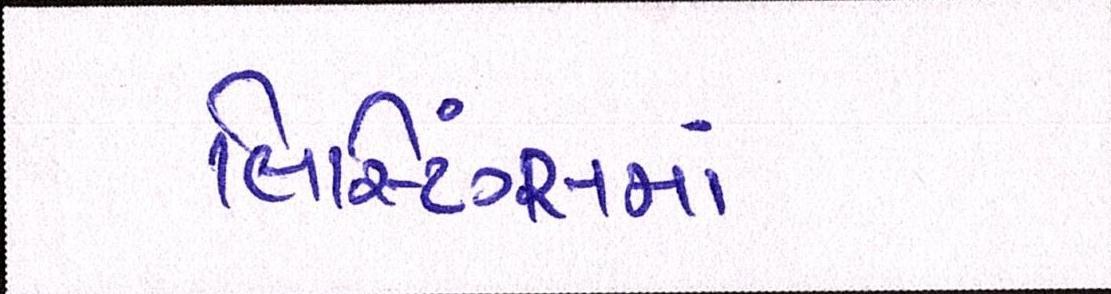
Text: લિસ્ટિંગ્સમાં